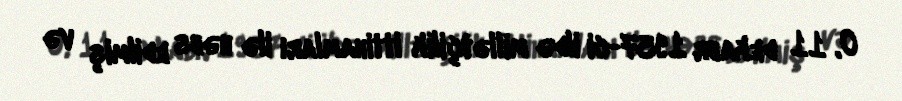
O, 11 dekabr 1937-ci ildə millətçilik ittihamları ilə həbs edilmiş və